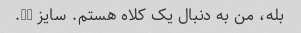
بله، من به دنبال یک کلاه هستم. سایز 16.